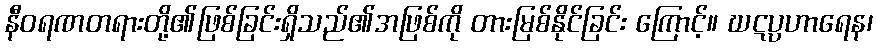
နီဝရဏတရားတို့၏ဖြစ်ခြင်းရှိသည်၏အဖြစ်ကို တားမြစ်နိုင်ခြင်း ကြောင့်။ ဃဋပ္ပဟာရေန၊